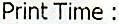
PRINT TIME :